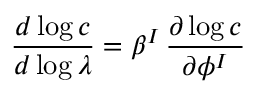
{ \frac { d \log c } { d \log \lambda } } = \beta ^ { I } \, { \frac { \partial \log c } { \partial \phi ^ { I } } }